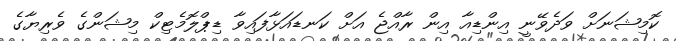
ކޮމިޝަނަށް ވަދެވޭނީ އިންޑިއާ އިން ރާއްޖެ އަށް ކަނޑައަޅާފައިވާ ޑިޕްލޮމެޓިކް މިޝަންގެ ވެރިޔާގެ